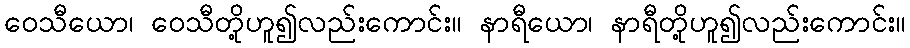
ဝေသီယော၊ ဝေသီတို့ဟူ၍လည်းကောင်း။ နာရီယော၊ နာရီတို့ဟူ၍လည်းကောင်း။